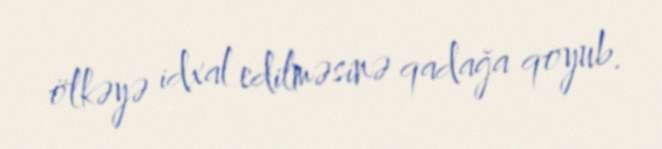
ölkəyə idxal edilməsinə qadağa qoyub.